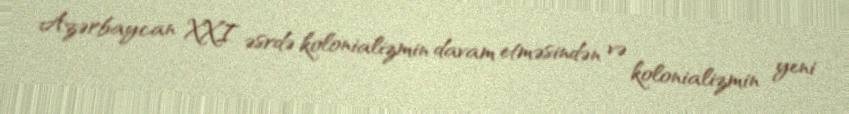
Azərbaycan XXI əsrdə kolonializmin davam etməsindən və kolonializmin yeni